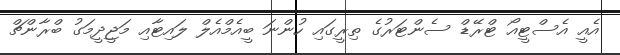
އެއީ އެސްޓީއޯ ޓްރޭޑް ސެންޓަރުގެ ތިރީގައި ހުންނަ ބީއެމްއެލް ލައިޓާއި މަޖީދީމަގު ބްރާންޗް